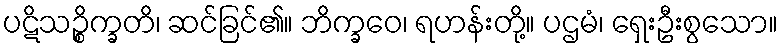
ပဋိသဉ္စိက္ခတိ၊ ဆင်ခြင်၏။ ဘိက္ခဝေ၊ ရဟန်းတို့။ ပဌမံ၊ ရှေးဦးစွသော။